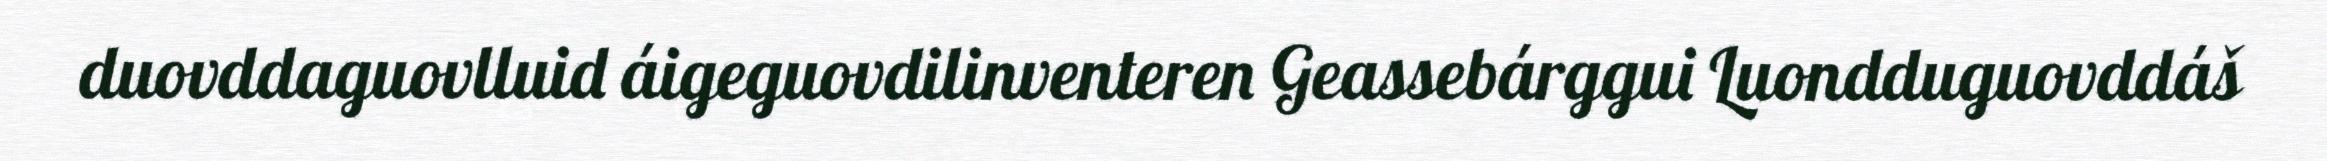
duovddaguovlluid áigeguovdilinventeren Geassebárggui Luondduguovddáš